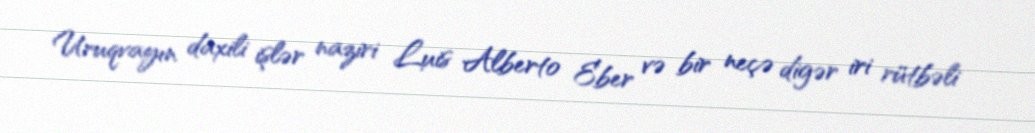
Uruqvayın daxili işlər naziri Luis Alberto Eber və bir neçə digər iri rütbəli